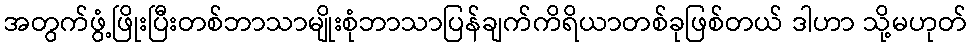
အတွက်ဖွံ့ဖြိုးပြီးတစ်ဘာသာမျိုးစုံဘာသာပြန်ချက်ကိရိယာတစ်ခုဖြစ်တယ် ဒါဟာ သို့မဟုတ်